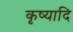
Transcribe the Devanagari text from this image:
कृष्यादि